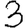
Digit: 3